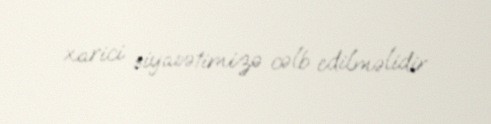
xarici siyasətimizə cəlb edilməlidir.